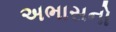
અભાસનો